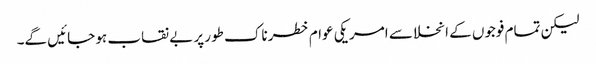
لیکن تمام فوجوں کے انخلا سے امریکی عوام خطرناک طور پر بے نقاب ہو جائیں گے۔